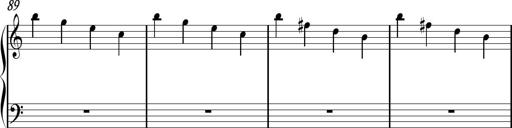
Title: Sonhatina
Composer: Davi Rocha
Key: C major